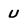
Character: U